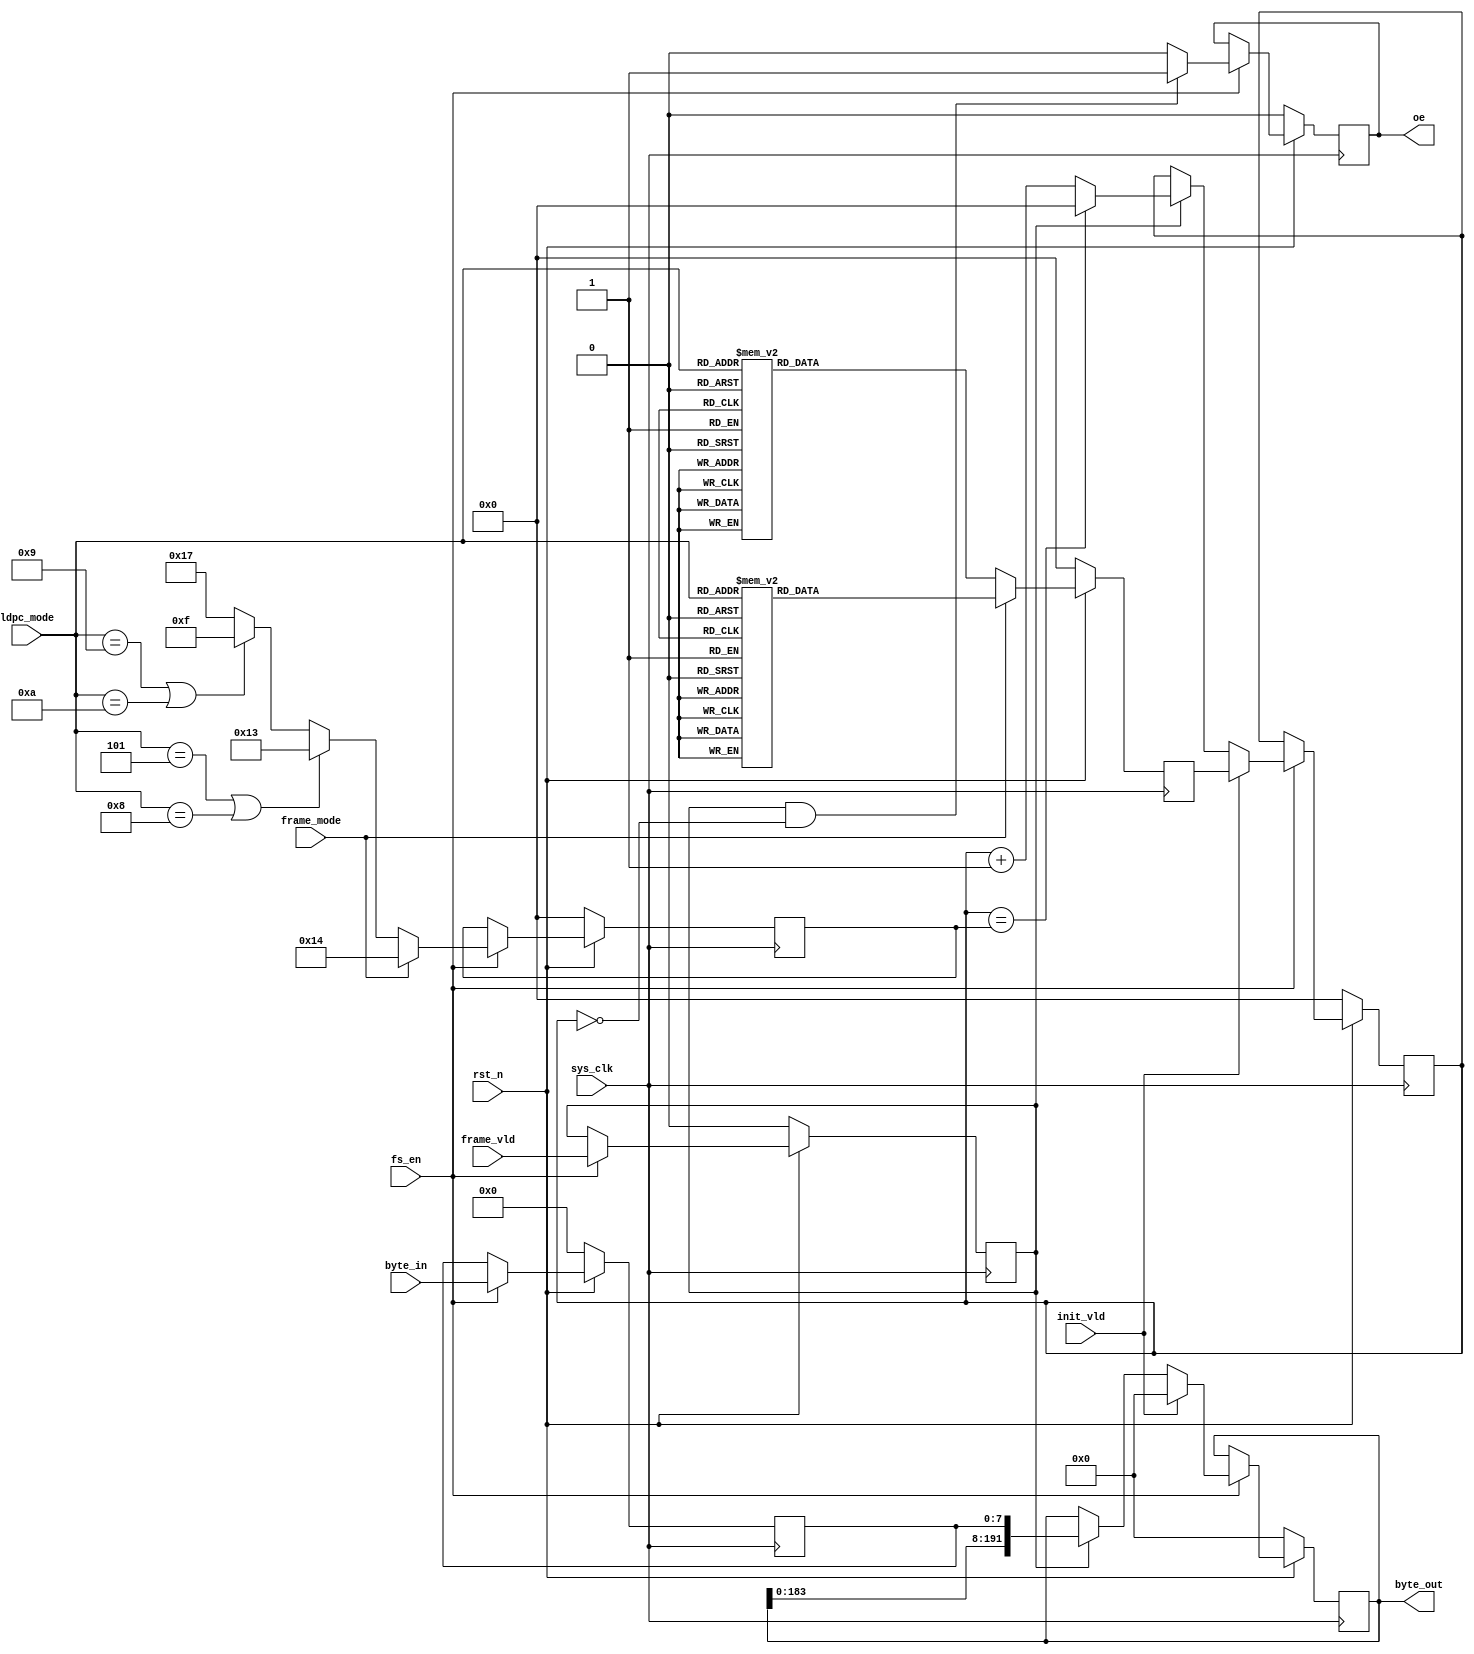

`timescale 1ns / 1ps
module bchencoder_data_align(
input	          							sys_clk,
input											fs_en,
input	          							rst_n,
//////////////////////////////////////////////////////////////
input	          							frame_mode,
input	          			[3:0] 			ldpc_mode,
input	          							init_vld,
input	          							frame_vld,
input   			 		[7:0]     		byte_in,
//////////////////////////////////////////////////////////////
output  reg  								oe,
output  reg	 			   	[191:0]     	byte_out
//////////////////////////////////////////////////////////////
);

reg											frame_vld_1dly_reg;
reg							[7:0]			byte_in_1dly_reg;

always @(posedge sys_clk)begin
	if(~rst_n)begin
		byte_in_1dly_reg <= 8'b00000000;
		frame_vld_1dly_reg <= 1'b0;
	end
	else if(fs_en == 1'b1)begin
		byte_in_1dly_reg <= byte_in;
		frame_vld_1dly_reg <= frame_vld;
	end
	else begin
	end
end

reg							[4:0]			BCH_Q_Byte_Num;

always @(posedge sys_clk)begin
	if(~rst_n)begin
		BCH_Q_Byte_Num <= 5'b00000;
	end
	else if(fs_en == 1'b1)begin
		if(frame_mode == 0)begin // 0:normal frame; 1;short frame
			if((ldpc_mode == 5)||(ldpc_mode == 8))begin
				BCH_Q_Byte_Num <= 19;
			end
			else if((ldpc_mode == 9)||(ldpc_mode == 10))begin
				BCH_Q_Byte_Num <= 15;
			end
			else begin
				BCH_Q_Byte_Num <= 23;
			end
		end  
		else begin
			BCH_Q_Byte_Num <= 20;
		end
	end
	else begin
	end
end

reg							[4:0]			BCH_Q_Byte_Cnt_init;

always @(posedge sys_clk)begin
	if(~rst_n)begin
		BCH_Q_Byte_Cnt_init <= 5'b00000;
	end
	else if(frame_mode == 0)begin
		case (ldpc_mode)
			4'h0:
				BCH_Q_Byte_Cnt_init <= 5'd16;
			4'h1:
				BCH_Q_Byte_Cnt_init <= 5'd13;
			4'h2:
				BCH_Q_Byte_Cnt_init <= 5'd1;
			4'h3:
				BCH_Q_Byte_Cnt_init <= 5'd7;
			4'h4:
				BCH_Q_Byte_Cnt_init <= 5'd13;
			4'h5:
				BCH_Q_Byte_Cnt_init <= 5'd1;
			4'h6:
				BCH_Q_Byte_Cnt_init <= 5'd22;
			4'h7:
				BCH_Q_Byte_Cnt_init <= 5'd1;
			4'h8:
				BCH_Q_Byte_Cnt_init <= 5'd11;
			4'h9:
				BCH_Q_Byte_Cnt_init <= 5'd1;
			4'ha:
				BCH_Q_Byte_Cnt_init <= 5'd7;
			default:
				BCH_Q_Byte_Cnt_init <= 5'd1;
		endcase
	end
	else begin
		case (ldpc_mode)
			4'h0:
				BCH_Q_Byte_Cnt_init <= 5'd16;
			4'h1:
				BCH_Q_Byte_Cnt_init <= 5'd19;
			4'h2:
				BCH_Q_Byte_Cnt_init <= 5'd10;
			4'h3:
				BCH_Q_Byte_Cnt_init <= 5'd4;
			4'h4:
				BCH_Q_Byte_Cnt_init <= 5'd4;
			4'h5:
				BCH_Q_Byte_Cnt_init <= 5'd16;
			4'h6:
				BCH_Q_Byte_Cnt_init <= 5'd7;
			4'h7:
				BCH_Q_Byte_Cnt_init <= 5'd1;
			4'h8:
				BCH_Q_Byte_Cnt_init <= 5'd16;
			4'h9:
				BCH_Q_Byte_Cnt_init <= 5'd7;
			default:
				BCH_Q_Byte_Cnt_init <= 5'd1;
		endcase
	end
end


reg							[4:0]			BCH_Q_Byte_Cnt_reg;

always @(posedge sys_clk)begin
	if(~rst_n)begin
		BCH_Q_Byte_Cnt_reg <= 5'b00000;
	end
	else if(fs_en == 1'b1)begin
		if(init_vld == 1)begin
			BCH_Q_Byte_Cnt_reg <= BCH_Q_Byte_Cnt_init;
		end
		else if(frame_vld_1dly_reg == 1)begin
			if(BCH_Q_Byte_Cnt_reg == (BCH_Q_Byte_Num))begin
				BCH_Q_Byte_Cnt_reg <= 5'b00000;
			end
			else begin
				BCH_Q_Byte_Cnt_reg <= BCH_Q_Byte_Cnt_reg + 5'b00001;
			end
		end
	end
	else begin
	end
end


always @(posedge sys_clk)begin
	if(~rst_n)begin
		byte_out <= 192'h0;
	end
	else if(fs_en == 1'b1)begin
		if(init_vld == 1)begin
			byte_out <= 192'h0;
		end
		else if(frame_vld_1dly_reg == 1) begin
			byte_out <= {byte_out[183:0],byte_in_1dly_reg};
		end
	end
	else begin
	end
end

always @(posedge sys_clk)begin
	if(~rst_n)begin
		oe <= 1'b0;
	end
	else if(fs_en == 1'b1)begin
		if((frame_vld_1dly_reg == 1)&&(BCH_Q_Byte_Cnt_reg == 0))begin
			oe <= 1'b1;
		end
		else begin
			oe <= 1'b0;
		end
	end
	else begin
	end
end

endmodule